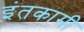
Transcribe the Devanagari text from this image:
इंतकामी